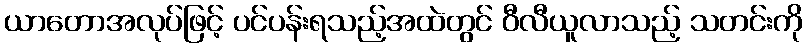
ယာတောအလုပ်ဖြင့် ပင်ပန်းရသည့်အထဲတွင် ဝီလီယူလာသည့် သတင်းကို